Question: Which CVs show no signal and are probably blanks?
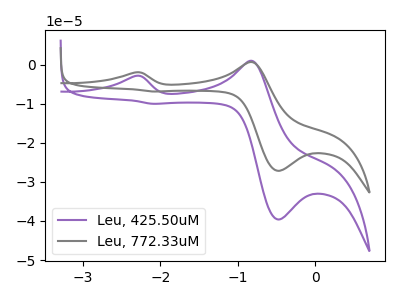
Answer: <think>The purple curve "Leu, 425.50uM" has anodic peaks at (-2.30V, -2.90uA) (-0.80V, 1.00uA) and cathodic peaks at (-0.50V, -39.60uA) (-2.10V, -10.00uA). The gray curve "Leu, 772.33uM" has anodic peaks at (-2.30V, -1.95uA) (-0.80V, 0.70uA) and cathodic peaks at (-0.50V, -27.15uA) (-2.10V, -6.85uA).</think>
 <answer>There are not any CV's on this graph that are likely to be blanks.</answer>
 <eval>none</eval>